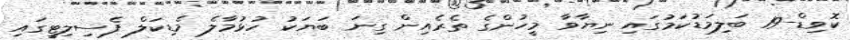
ކޮވިޑް-19 ބަލިމަޑުކަމުގައި ނިޔާވާ މީހުންގެ ތެރެއިން ގިނަ ބަޔަކު ހުޅުމާލެ މެޑިކަލް ފެސިލިޓީގައި